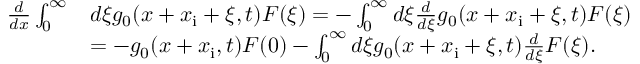
\begin{array} { r l } { \frac { d } { d x } \int _ { 0 } ^ { \infty } } & { d \xi g _ { 0 } ( x + x _ { \mathrm { i } } + \xi , t ) F ( \xi ) = - \int _ { 0 } ^ { \infty } d \xi \frac { d } { d \xi } g _ { 0 } ( x + x _ { \mathrm { i } } + \xi , t ) F ( \xi ) } \\ & { = - g _ { 0 } ( x + x _ { \mathrm { i } } , t ) F ( 0 ) - \int _ { 0 } ^ { \infty } d \xi g _ { 0 } ( x + x _ { \mathrm { i } } + \xi , t ) \frac { d } { d \xi } F ( \xi ) . } \end{array}